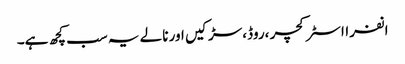
انفرااسٹرکچر ،روڈ،سڑکیں اور نالے یہ سب کچھ ہے۔